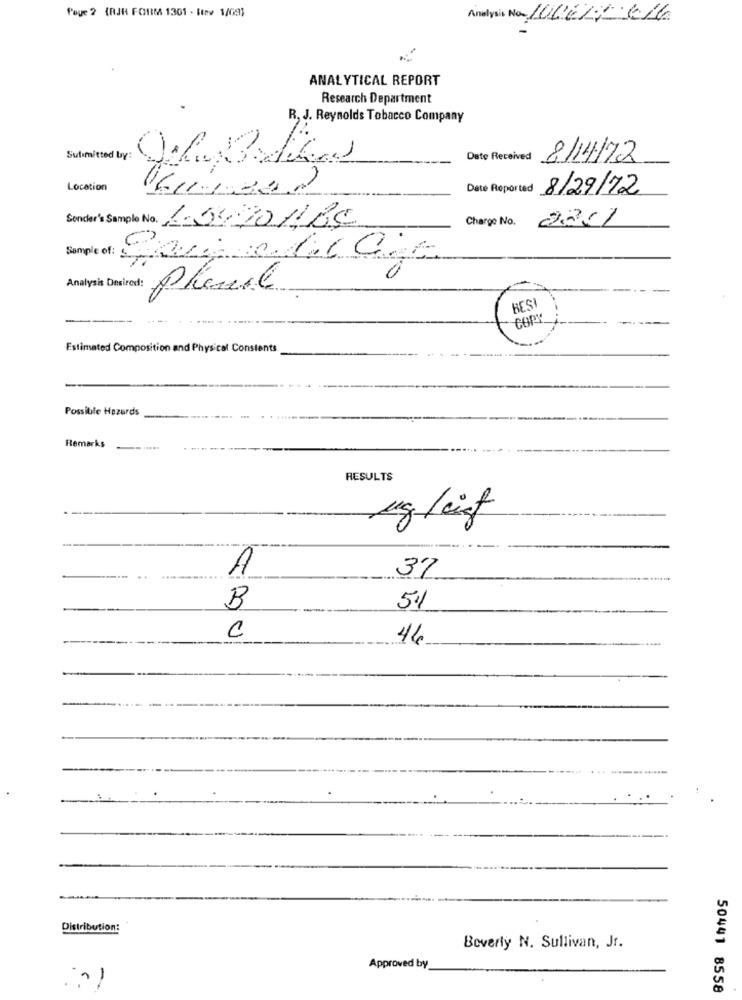
Page 2 (RJR FORM 1301 - Itry 1/09)
Analysis No MORE/
ANALYTICAL REPORT
Research Department
R, J. Reynolds Tobacco Company
Sutimitted by:
Date Received
8/14/72
Location
Date Reported 8/29/12
Charge No. 2201
Sender's Sample No. 1.04.201180
Sample of:
0
phanil
BEST
COPY
Estimated Composition and Physical Constents
Possible Hazards
Remarks
RESULTS
Mglist
37
A
B
51
C
44
Distribution:
Beverly N. Sullivan, Jr.
Approved by
-
50441 8558